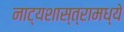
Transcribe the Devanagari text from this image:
नाट्यशास्त्रामध्ये